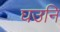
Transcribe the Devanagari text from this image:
घउनि